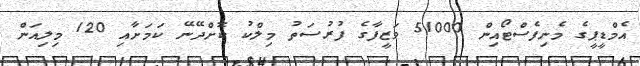
އެމްޑީޕީގެ މެނިފެސްޓޯއިން 51000 ވަޒީފާގެ ފުރުސަތު މިލްކު ކޮށްދޭނޭ ކަމަށާއި 120 މިލިއަން